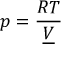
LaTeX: p = { \frac { R T } { \underline { { V } } } }